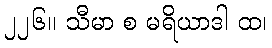
၂၂၆။ သီမာ စ မရိယာဒါ ထ၊